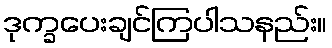
ဒုက္ခပေးချင်ကြပါသနည်း။